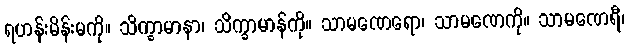
ရဟန်းမိန်းမကို။ သိက္ခာမာနာ၊ သိက္ခာမာန်ကို။ သာမဏေရော၊ သာမဏေကို။ သာမဏေရီ၊